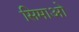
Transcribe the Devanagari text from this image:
सिमाओ